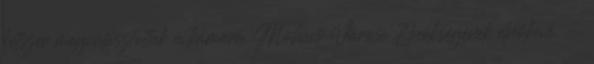
kétszer megválasztottak a kamara Mohács Városi Elnökségének elnökévé. —